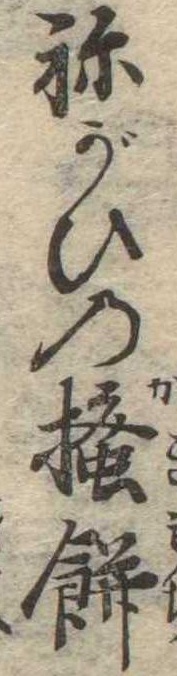
ねがひの掻餅